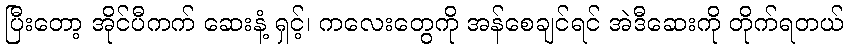
ပြီးတော့ အိုင်ပီကက် ဆေးနံ့ ရှင့်၊ ကလေးတွေကို အန်စေချင်ရင် အဲဒီဆေးကို တိုက်ရတယ်